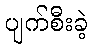
ပျက်စီးခဲ့